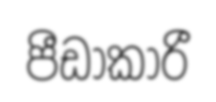
පීඩාකාරී